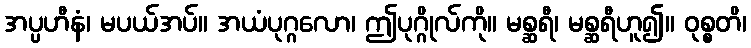
အပ္ပဟီနံ၊ မပယ်အပ်။ အယံပုဂ္ဂလော၊ ဤပုဂ္ဂိုလ်ကို။ မစ္ဆရီ၊ မစ္ဆရီဟူ၍။ ဝုစ္စတိ၊